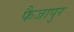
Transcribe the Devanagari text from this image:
फैजापुर